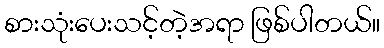
စားသုံးပေးသင့်တဲ့အရာ ဖြစ်ပါတယ်။